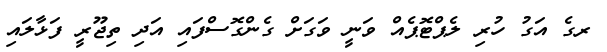
ރގެ އަގު ހުރި ލެޕްޓޮޕެއް ވަނީ ވަގަށް ގެންގޮސްފައި އަދި ތިޖޫރީ ފަޅާލައި